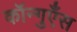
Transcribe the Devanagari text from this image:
कॉन्गुएँस